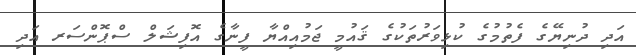
އަދި ދުނިޔޭގެ ފެތުމުގެ ކުޅިވަރުތަކުގެ ޤައުމީ ޖަމުއިއްޔާ ފީނާގެ އޮފިޝަލް ސްޕޮންސަރ އަދި